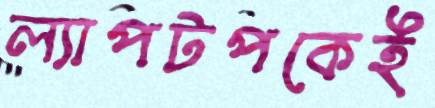
ল্যাপটপকেই